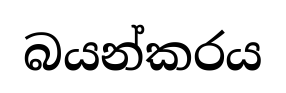
බයන්කරය